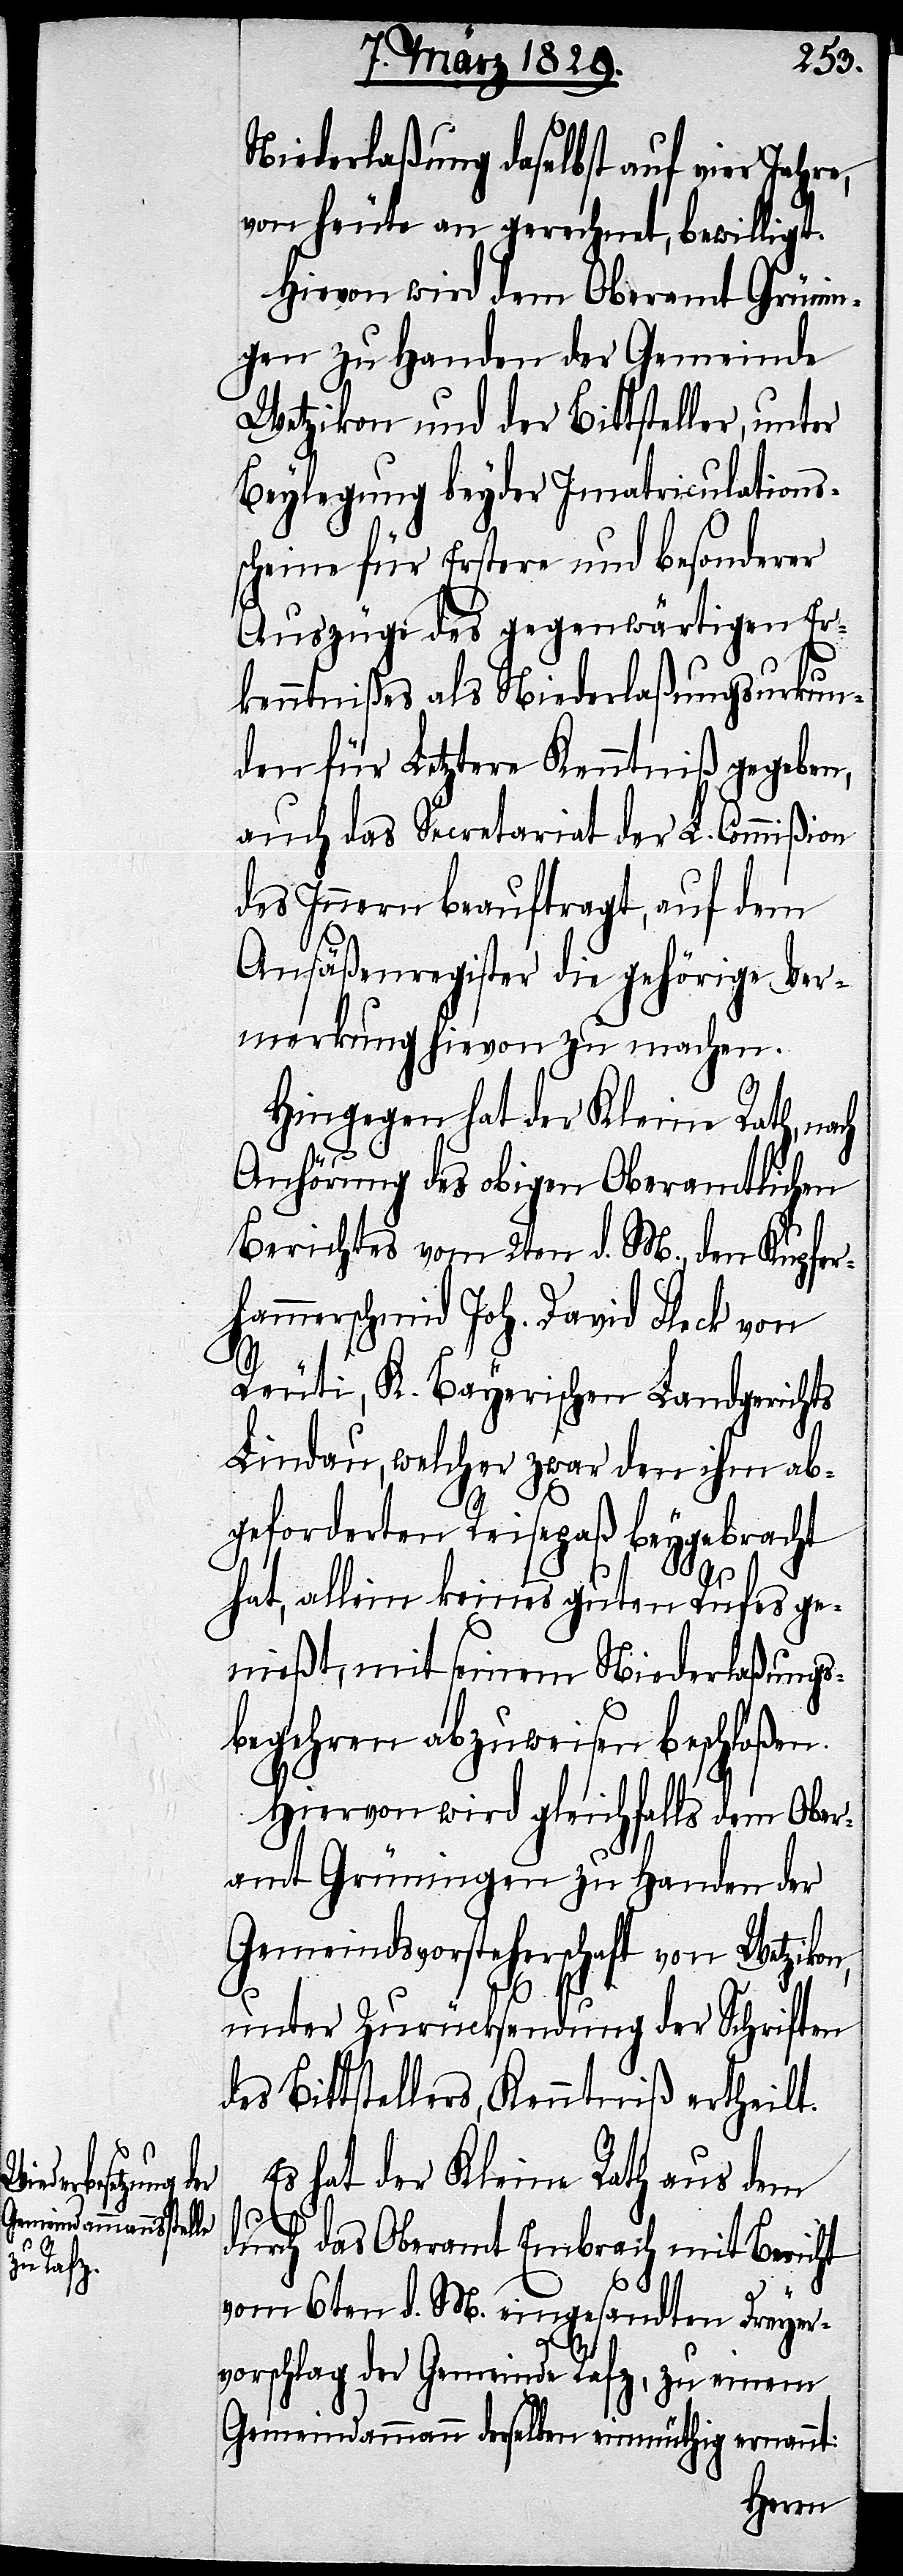
Niederlaßung daselbst auf vier Jahre,
von heute an gerechnet, bewilligt.
Hievon wird dem Oberamt Grünin¬
gen zu Handen der Gemeinde
Wetzikon und der Bittsteller, unter
Beylegung beyder Imatriculations¬
scheine für Erstere und besonderer
Auszüge des gegenwärtigen Er¬
kenntnißes als Niederlaßungsurkun¬
den für Letztere Kenntniß gegeben,
auch das Secretariat der L. Commißion
des Innern beauftragt, auf dem
Ansäßenregister die gehörige Ver¬
merkung hievon zu machen.
Hingegen hat der Kleine Rath, na¬
Anhörung des obigen Oberamtlichen
Berichtes vom 2ten d. M., den Kupfer¬
hammerschmid Joh. David Fleck von
Reuti, K. Bayerischen Landgerichts
Lindau, welcher zwar den ihm ab¬
geforderten Reisepaß beygebracht
hat, allein keines guten Rufes ge¬
nießt, mit seinem Niederlaßungs¬
begehren abzuweisen beschloßen.
Hiervon wird gleichfalls dem Ober¬
amt Grüningen zu Handen der
Gemeindsvorsteherschaft von Wetzikon
ch
unter Zurücksendung der Schriften
des Bittstellers, Kenntniß ertheilt.
Es hat der Kleine Rath aus dem
durch das Oberamt Embrach mit Bericht
vom 6ten d. M. eingesandten Dreyer¬
vorschlag der Gemeinde Rafz, zu einem
Gemeindammann derselben einmüthig ernannt: